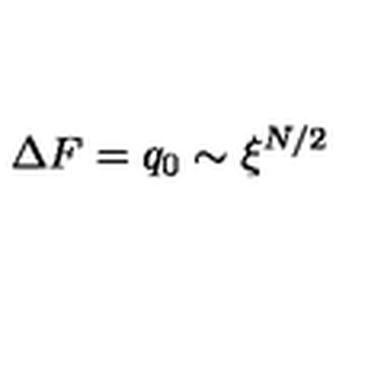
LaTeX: \Delta F = q _ { 0 } \sim \xi ^ { N / 2 }